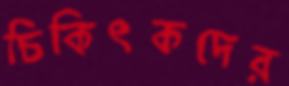
চিকিৎকদের